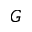
G